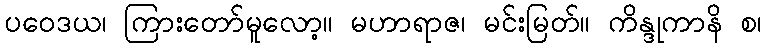
ပဝေဒယ၊ ကြားတော်မူလော့။ မဟာရာဇ၊ မင်းမြတ်။ ကိန္ဒုကာနိ စ၊